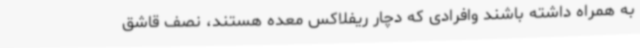
به همراه داشته باشند وافرادی که دچار ریفلاکس معده هستند، نصف قاشق